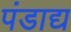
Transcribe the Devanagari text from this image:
पंडाद्य